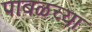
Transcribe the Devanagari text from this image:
पाबळच्या